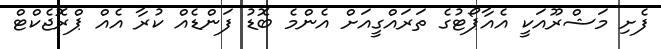
ފެށި މަޝްރޫއަކީ އެއާޕޯޓުގެ ތަރައްގީއަށް އެންމެ ބޮޑު ފަންޑެއް ކުރާ އެއް ޕްރޮޖެކްޓް